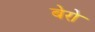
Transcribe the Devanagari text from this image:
बेरो